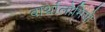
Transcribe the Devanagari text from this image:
बार्थालोमियो